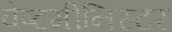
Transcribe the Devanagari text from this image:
वेष्टमीनिस्टर